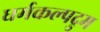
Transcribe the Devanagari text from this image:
धर्मकल्पद्रुम